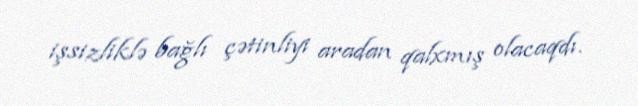
işsizliklə bağlı çətinliyi aradan qalxmış olacaqdı.